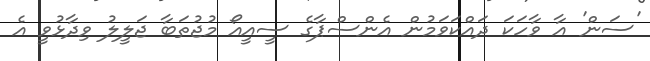
'ސަން' އާ ވާހަކަ ދައްކަވަމުން އެންސްޕާގެ ސީއީއޯ މުޖުތަބާ ޖަލީލު ވިދާޅުވީ އެ